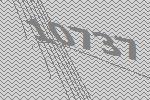
10737